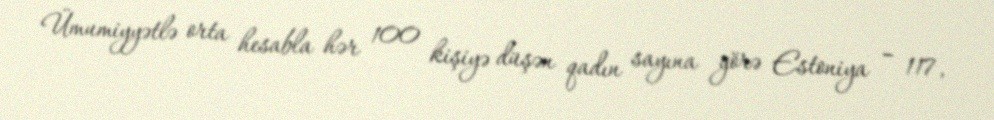
Ümumiyyətlə orta hesabla hər 100 kişiyə düşən qadın sayına görə Estoniya – 117,